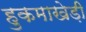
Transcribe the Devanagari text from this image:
हुकमाखेड़ी